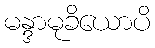
မန္ဒာမုခိယောပိ